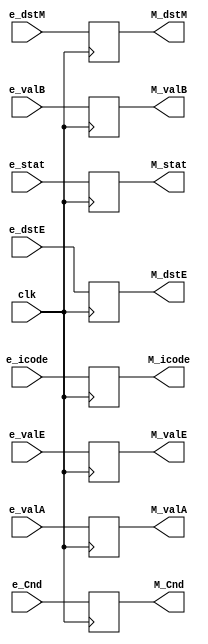
module M_reg(clk, e_stat, e_icode, e_Cnd, e_valE, e_valA,e_valB, e_dstE, e_dstM, M_stat, M_icode, M_Cnd, M_valE, M_valA, M_valB, M_dstE, M_dstM);

input clk;
input [1:0] e_stat;
input [3:0] e_icode;
input e_Cnd;
input [63:0] e_valE, e_valA, e_valB;
input [3:0] e_dstE, e_dstM;

output reg [1:0] M_stat;
output reg [3:0] M_icode;
output reg M_Cnd;
output reg [63:0] M_valE, M_valA, M_valB;
output reg [3:0] M_dstE, M_dstM;

initial begin
    M_Cnd = 0;
    // M_bubble = 0;
    M_dstE = 4'hf;
    M_dstM = 4'hf;
    M_icode = 4'd0;
    M_valA = 64'd0;
    M_valB = 64'd0;
    M_valE = 64'd0;
end

always@(posedge clk)
begin
    // M_bubble = e_bubble;
    // if(e_bubble) begin
    //     M_icode = 4'd0;
    //     // M_valE = 64'd0;
    //     M_valA = e_valA;
    //     // M_dstE = 4'd0;
        // M_dstM = 4'd0;
    // end
    M_stat = e_stat;
    M_icode = e_icode;
    M_Cnd = e_Cnd;
    M_valE = e_valE;
    M_valA = e_valA;
    M_valB = e_valB;
    M_dstE = e_dstE;
    M_dstM = e_dstM;
end


endmodule